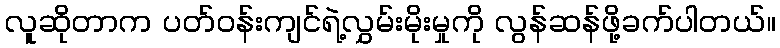
လူဆိုတာက ပတ်ဝန်းကျင်ရဲ့လွှမ်းမိုးမှုကို လွန်ဆန်ဖို့ခက်ပါတယ်။